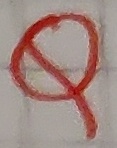
Text: Q